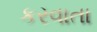
કરવાતા